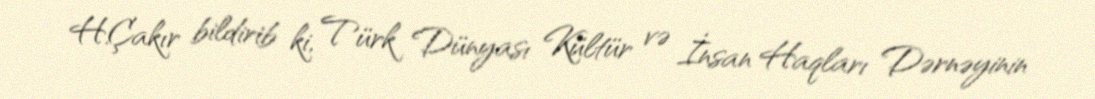
H.Çakır bildirib ki, Türk Dünyası Kültür və İnsan Haqları Dərnəyinin